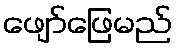
ဖျော်ဖြေမည်